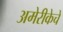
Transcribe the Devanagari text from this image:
अमेरीकेचे